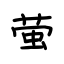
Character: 萤